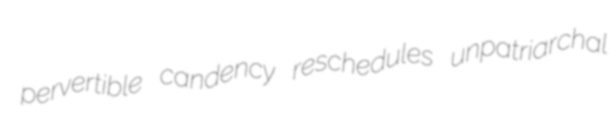
pervertible candency reschedules unpatriarchal